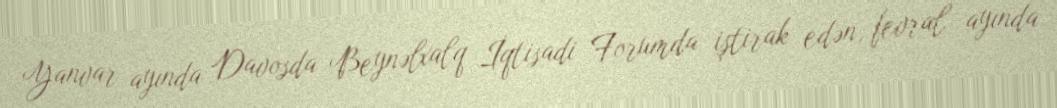
Yanvar ayında Davosda Beynəlxalq İqtisadi Forumda iştirak edən, fevral ayında